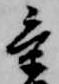
景